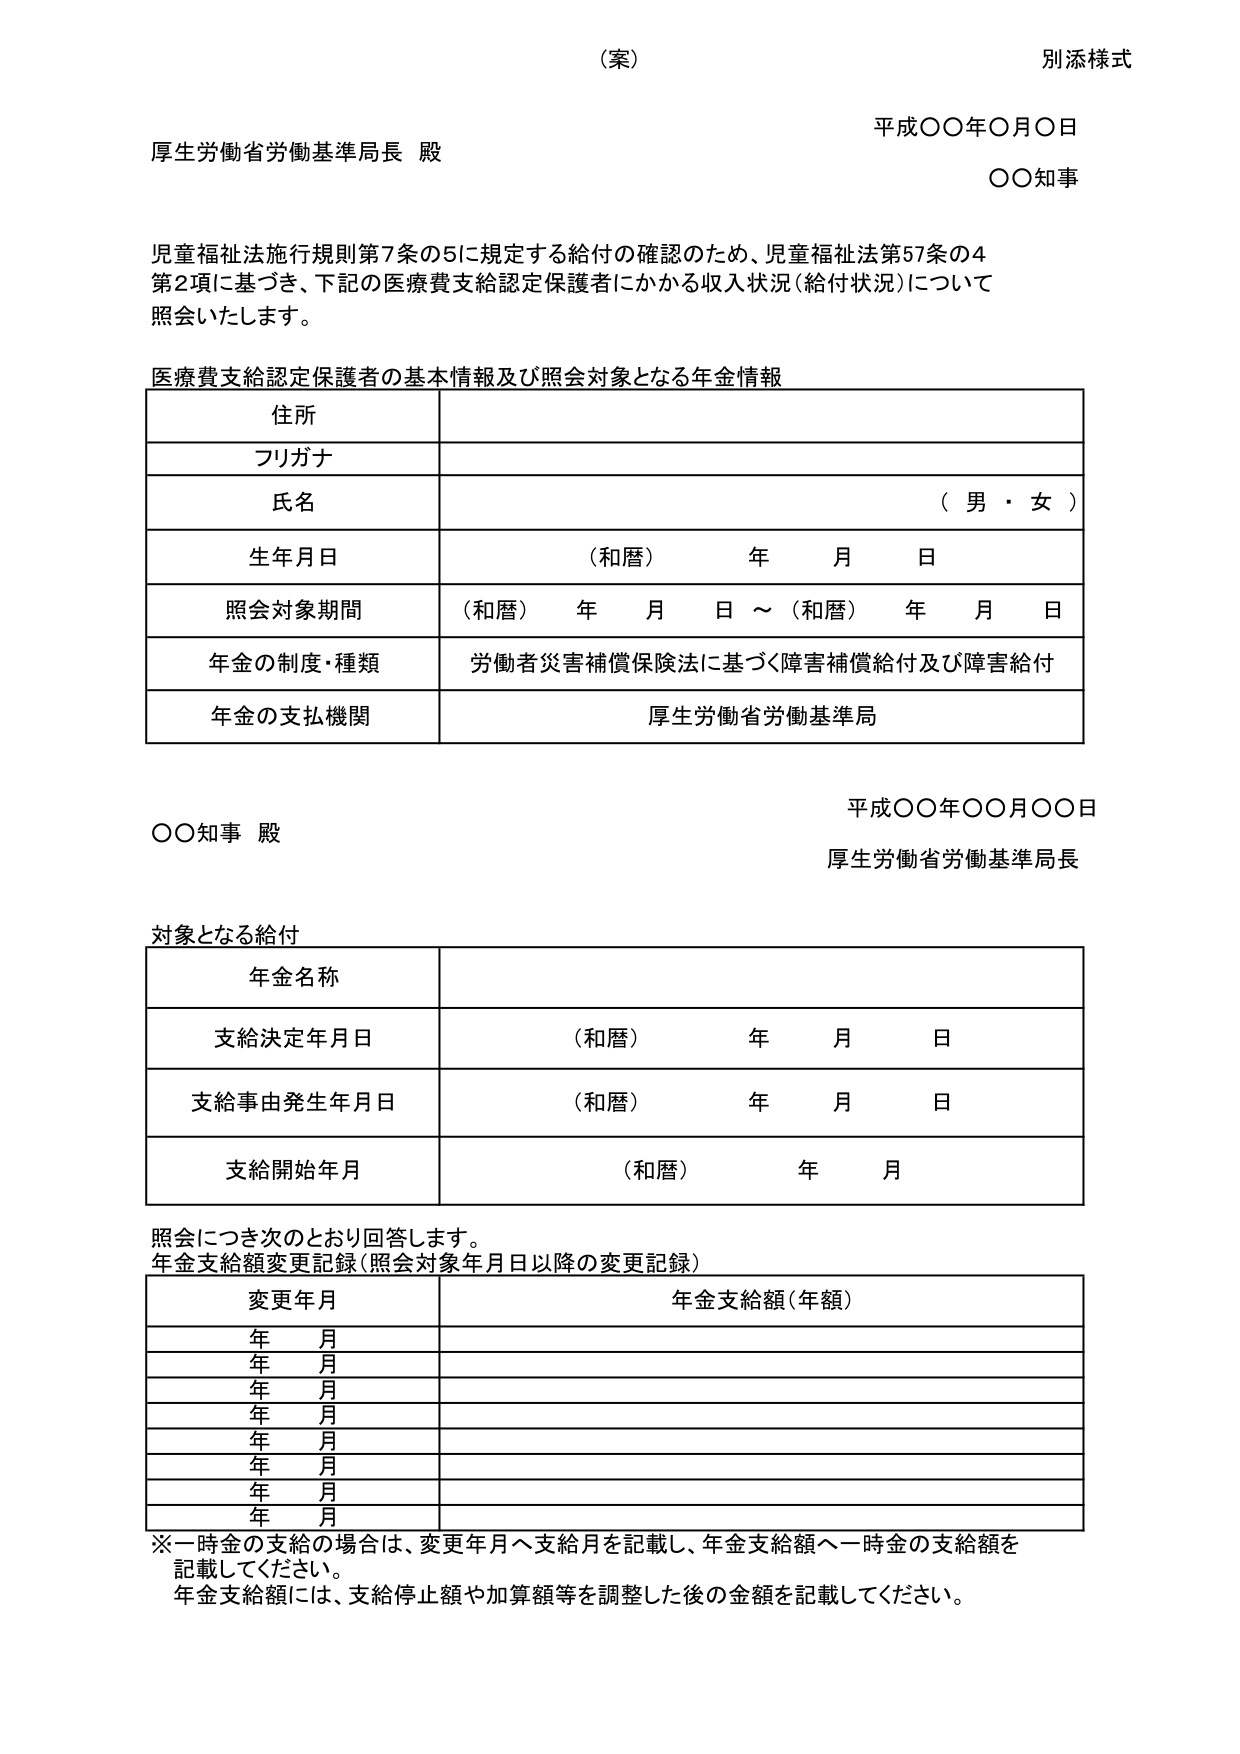
（案）
別添様式

平成〇〇年〇月〇日
厚生労働省労働基準局長 殿
〇〇知事

児童福祉法施行規則第7条の5に規定する給付の確認のため、児童福祉法第57条の4
第2項に基づき、下記の医療費支給認定保護者にかかる収入状況（給付状況）について
照会いたします。

医療費支給認定保護者の基本情報及び照会対象となる年金情報

住所
フリガナ
氏名 （男・女）
生年月日 （和暦） 年 月 日
照会対象期間 （和暦） 年 月 日 ～ （和暦） 年 月 日
年金の制度・種類 労働者災害補償保険法に基づく障害補償給付及び障害給付
年金の支払機関 厚生労働省労働基準局

平成〇〇年〇〇月〇〇日
〇〇知事 殿
厚生労働省労働基準局長

対象となる給付

年金名称
支給決定年月日 （和暦） 年 月 日
支給事由発生年月日 （和暦） 年 月 日
支給開始年月 （和暦） 年 月

照会につき次のとおり回答します。
年金支給額変更記録（照会対象年月日以降の変更記録）

変更年月 年金支給額（年額）
年 月
年 月
年 月
年 月
年 月
年 月
年 月
年 月

※一時金の支給の場合は、変更年月へ支給月を記載し、年金支給額へ一時金の支給額を
記載してください。
年金支給額には、支給停止額や加算額等を調整した後の金額を記載してください。